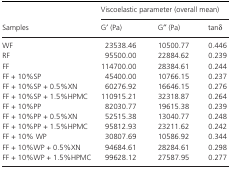
<table><thead><tr><td rowspan="2"><b>Samples</b></td><td colspan="3"><b>Viscoelastic parameter (overall mean)</b></td></tr><tr><td><b>G′ (Pa)</b></td><td><b>G′′ (Pa)</b></td><td><b>tanδ</b></td></tr></thead><tbody><tr><td>WF</td><td>23538.46</td><td>10500.77</td><td>0.446</td></tr><tr><td>RF</td><td>95500.00</td><td>22884.62</td><td>0.239</td></tr><tr><td>FF</td><td>114700.00</td><td>28384.61</td><td>0.244</td></tr><tr><td>FF + 10%SP</td><td>45400.00</td><td>10766.15</td><td>0.237</td></tr><tr><td>FF + 10%SP + 0.5%XN</td><td>60276.92</td><td>16646.15</td><td>0.276</td></tr><tr><td>FF + 10%SP + 1.5%HPMC</td><td>110915.21</td><td>32318.87</td><td>0.264</td></tr><tr><td>FF + 10%PP</td><td>82030.77</td><td>19615.38</td><td>0.239</td></tr><tr><td>FF + 10%PP + 0.5%XN</td><td>52515.38</td><td>13040.77</td><td>0.248</td></tr><tr><td>FF + 10%PP + 1.5%HPMC</td><td>95812.93</td><td>23211.62</td><td>0.242</td></tr><tr><td>FF + 10% WP</td><td>30807.69</td><td>10586.92</td><td>0.344</td></tr><tr><td>FF + 10%WP + 0.5%XN</td><td>94684.61</td><td>28284.61</td><td>0.298</td></tr><tr><td>FF + 10%WP + 1.5%HPMC</td><td>99628.12</td><td>27587.95</td><td>0.277</td></tr></tbody></table>